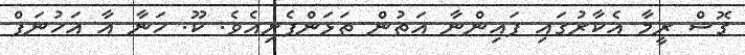
ގޮސް ރީމާ އެކާރުގައި ފައިންނާ އަތުން ތަޅަންފެށިއެވެ. ކޫ. ހަނާ އާ އަހުނަފް